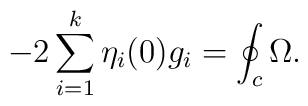
- 2 \sum_{i=1}^{k} \eta_{i}(0) g_{i} =  \oint_{c}\Omega.